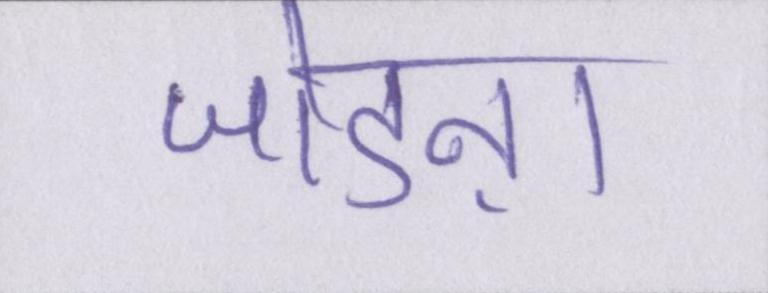
जोडऩा